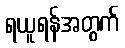
ရယူရန်အတွက်